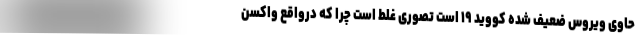
حاوی ویروس ضعیف شده کووید ۱۹ است تصوری غلط است چرا که درواقع واکسن